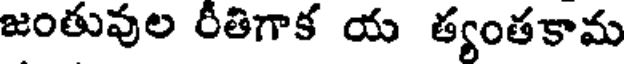
జంతువుల రీతిగాక య త్యంతకామ